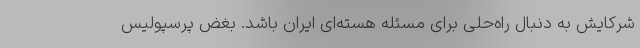
شرکایش به دنبال راه‌حلی برای مسئله هسته‌ای ایران باشد. بغض پرسپولیس